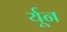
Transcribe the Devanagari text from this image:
र्यून